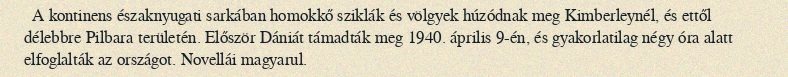
A kontinens északnyugati sarkában homokkő sziklák és völgyek húzódnak meg Kimberleynél, és ettől délebbre Pilbara területén. Először Dániát támadták meg 1940. április 9-én, és gyakorlatilag négy óra alatt elfoglalták az országot. Novellái magyarul.